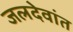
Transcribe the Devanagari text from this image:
जलदेवांत